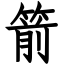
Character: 箭